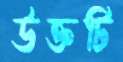
উক্তটি